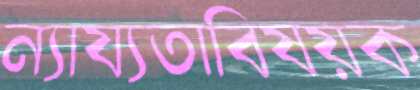
ন্যায্যতাবিষয়ক